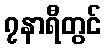
၇နာရီတွင်